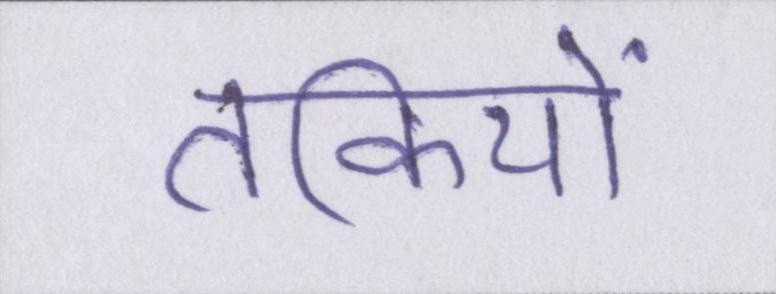
तकियों